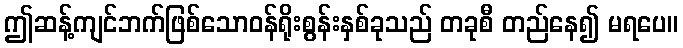
ဤဆန့်ကျင်ဘက်ဖြစ်သောဝန်ရိုးစွန်းနှစ်ခုသည် တခုစီ တည်နေ၍ မရပေ။